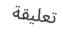
تعليقة